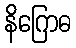
နိဂြောဓ